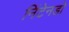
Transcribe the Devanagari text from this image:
निंटेनडो